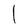
Character: l